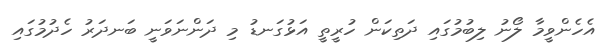
އެހެންވީމާ ލޯނު ލިބުމުގައި ދަތިކަން ހުރީތީ އަޅުގަނޑު މި ދަންނަވަނީ ބަނދަރު ހެދުމުގައި